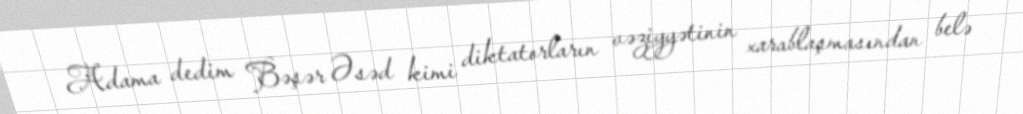
Adama dedim Bəşər Əsəd kimi diktatorların vəziyyətinin xarablaşmasından belə